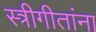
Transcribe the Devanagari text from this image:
स्त्रीगीतांना